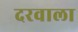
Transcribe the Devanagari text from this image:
दरवाला